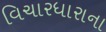
વિચારધારાના